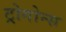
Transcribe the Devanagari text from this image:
ट्रोगोन्स